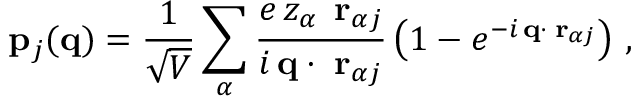
{ \bf p } _ { j } ( { \bf q } ) = \frac { 1 } { \sqrt { V } } \sum _ { \alpha } \frac { e \, z _ { \alpha } \, { \bf \delta r } _ { \alpha j } } { i \, { \bf q } \cdot { \bf \delta r } _ { \alpha j } } \left( 1 - e ^ { - i \, { \bf q } \cdot { \bf \delta r } _ { \alpha j } } \right) \, ,